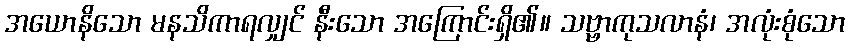
အယောနိသော မနသိကာရလျှင် နီးသော အကြောင်းရှိ၏။ သဗ္ဗာကုသလာနံ၊ အလုံးစုံသော